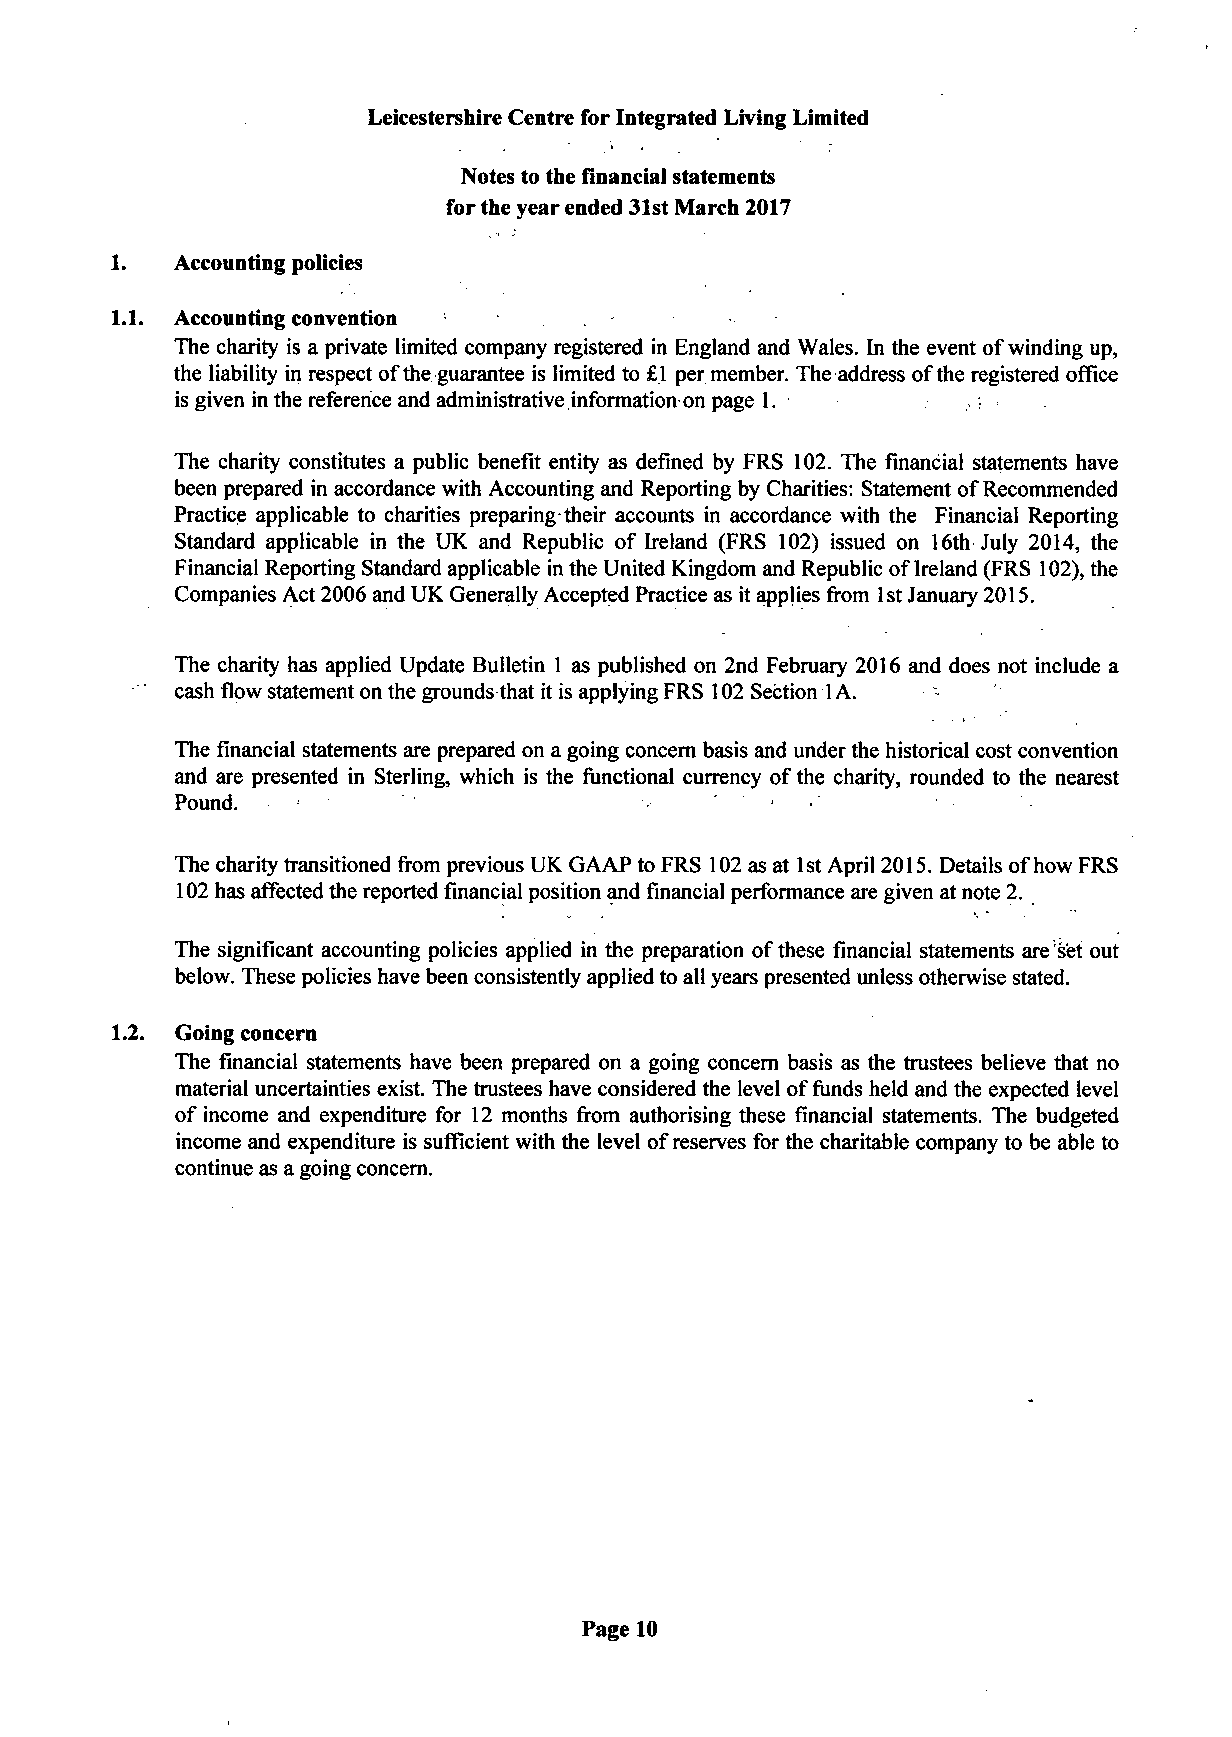
Leicestershire Centre for Integrated Living Limited
 Notes to the financial statements
 for the year ended 31st March 2017
 1.   Accounting policies
 1.1. Accounting convention
 The charity is a private limited company registered in England and Wales. In the event of winding up,
 the liability in respect of the guarantee is limited to £1 per member. The address of the registered office
 is given in the reference and administrative information on page 1.
 The charity constitutes a public benefit entity as defined by FRS 102. The financial statements have
 been prepared in accordance with Accounting and Reporting by Charities: Statement of Recommended
 Practice applicable to charities preparing their accounts in accordance with the Financial Reporting
 Standard applicable in the UK and Republic of Ireland (FRS 102) issued on 16th July 2014, the
 Financial Reporting Standard applicable in the United Kingdom and Republic of Ireland (FRS 102), the
 Companies Act 2006 and UK Generally Accepted Practice as it applies from 1st January 2015.
 The charity has applied Update Bulletin 1 as published on 2nd February 2016 and does not include a
 cash flow statement on the grounds that it is applying FRS 102 Section 1 A.
 The financial statements are prepared on a going concern basis and under the historical cost convention
 and are presented in Sterling, which is the functional currency of the charity, rounded to the nearest
 Pound.
 The charity transitioned from previous UK GAAP to FRS 102 as at 1st April 2015. Details of how FRS
 102 has affected the reported financial position and financial performance are given at note 2.
 The significant accounting policies applied in the preparation of these financial statements are set out
 below. These policies have been consistently applied to all years presented unless otherwise stated.
 1.2. Going concern
 The financial statements have been prepared on a going concern basis as the trustees believe that no
 material uncertainties exist. The trustees have considered the level of funds held and the expected level
 of income and expenditure for 12 months from authorising these financial statements. The budgeted
 income and expenditure is sufficient with the level of reserves for the charitable company to be able to
 continue as a going concern.
 Page 10